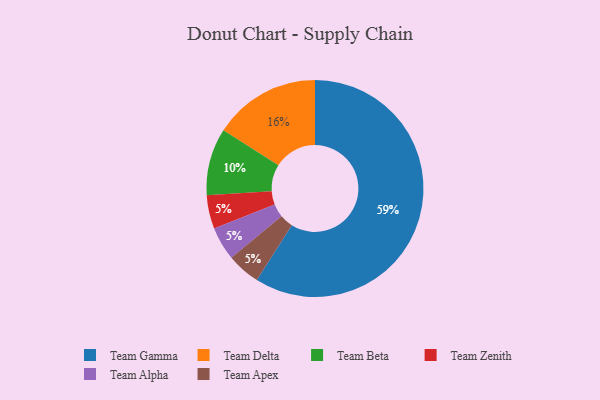
{"axis": {"x": "Category", "y": "Percentage"}, "legend": ["Team Alpha", "Team Apex", "Team Beta", "Team Delta", "Team Gamma", "Team Zenith"], "data": [{"x": "Team Zenith", "y": 5, "type": "Team Zenith"}, {"x": "Team Beta", "y": 10, "type": "Team Beta"}, {"x": "Team Alpha", "y": 5, "type": "Team Alpha"}, {"x": "Team Apex", "y": 5, "type": "Team Apex"}, {"x": "Team Gamma", "y": 59, "type": "Team Gamma"}, {"x": "Team Delta", "y": 16, "type": "Team Delta"}]}